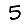
Digit: 5